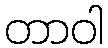
တာဝါ